Statistical return of the lunatic asylum in Assam - 1912-1932
Year: 1912
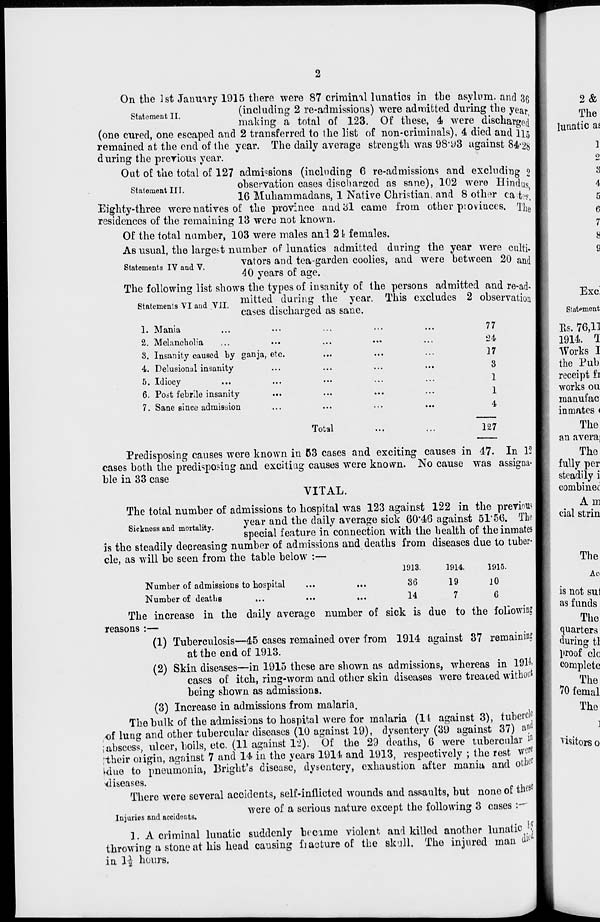
On the 1st January 1915 there were 87 crirniml lunatics in the asylum, and 3g
Statement II
(including 2 re-adniissions) were admitted during the year
making a total of 123. Of these, 4 were discharge!
(one cured, one escaped and 2 transferred to 1he list of non-criminals), 4 died and i]5
remained at the end of the year. The daily average strength was 98*93 against 84*28
during the previous year.
Out of the total of 127 admissions (including 6 re-admissions and excluding 9
Statement III
observation cases discharged as sane), 102 were Hindus'
16 Muhammadans, 1 Native Christian, and 8 oth^r ca-W
Eighty-three were natives of the province andbl came from other pioviuces. The
residences of the remaining 13 were not known.
Of the total number, 103 were males an 1 21 females.
As usual, the largest number of lunatics admitted during the year were culti.
statements iv and v.
vators and tea-garden coolies, and were betwoen 20 and
40 years of age.
The following list shows the types of insanity of the persons admitted and re-ad-
StatementsVlaud vii. fitted during the year. This excludes 2 observation
cases discharged as sane.
1. Mania
2. Melancholia
3. Insanity caused by gatija, etc.
4. Delusional insanity
5. Idiocy
6. Post febrile insanity
7. Sane since admission
77
'24
17
3
1
1
4
Total
127
Predisposing causes were known in 63 cases and exciting causes in 4-7. In 12
cases both the predisposing and exciting causes were known. No cause was assigna-
ble in 33 case
VITAL.
The total number of admissions to hospital was 123 against 122 in the previous
,
...
vear and the daily average sick 60*46 against 51*56. The
Sickness and mortality.
•"
. , P ,
. *
r.
..% ,t •» ° i»i » n
L„„
special feature in connection with the health of the inmates
is the steadily decreasing number of admissions and deaths from diseases due to tuber-
cle, as will be seen from the table below :—
1913.
1914.
1915.
Number of admissions to hospital
...
...
86
19
10
Number of deaths
...
•••
...
14
7
6
The increase in the daily average number of sick is due to the following
reasons :—
(1) Tuberculosis—45 cases remained over from 1914 against 37 remaining
at the end of 1913.
(2) Skin diseases—in 1915 these are shown as admissions, whereas in 19H
cases of itch, ring-worm and other skin diseases were treated without
being shown as admissions.
(3) Increase in admissions from malaria.
The bulk of the admissions to hospital were for malaria (11 against 3), tubercle
of lung and other tubercular diseases (10 against 19), dysentery (39 against 37) » n(1
•abscess, ulcer, boils, etc. (11 against 12). Of the 29 deaths, 6 were tubercular i D
[their oiigin, against 7 and 14* in the years 1914 and 1913, respectively ; the rest were
klue to pneumonia, Bright's disease, dysentery, exhaustion after mania and other
•diseases.
There were several accidents, self-inflicted wounds and assaults, but none of the se
were of a serious nature except the following 3 cases :—■
Injuries and accidents.
x
"
1. A criminal lunatic suddenly became violent and killed another lunatic \
throwing a stone at his head causing fiacture of the sk'.ill. The injured man d ltl
in l\ hours.
an averai